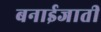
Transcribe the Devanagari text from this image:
बनाईजाती